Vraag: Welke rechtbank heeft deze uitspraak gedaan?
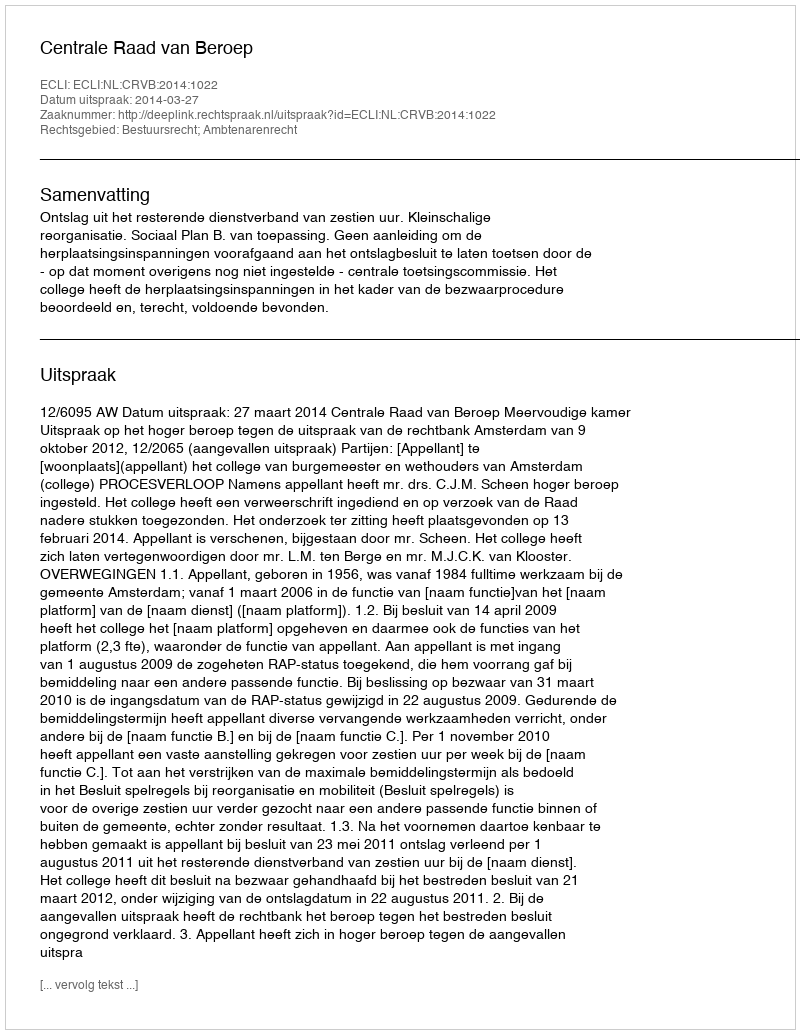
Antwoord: Centrale Raad van Beroep